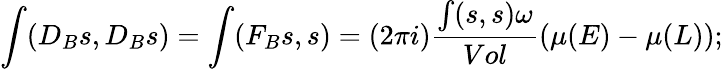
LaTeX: \int(D_{B}s,D_{B}s)=\int(F_{B}s,s)=(2\pi i)\frac{\int(s,s)\omega}{Vol}(\mu(E)-\mu(L));